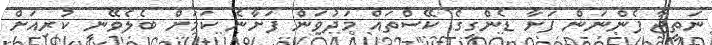
ނަތީޖާ ފެންނަން ފަށާ ޑެންގީގެ ކޭސްތައް މަދުވަން ފަށާނެ ކަމަށް ބެލެވޭނީ ކުރިއަށް